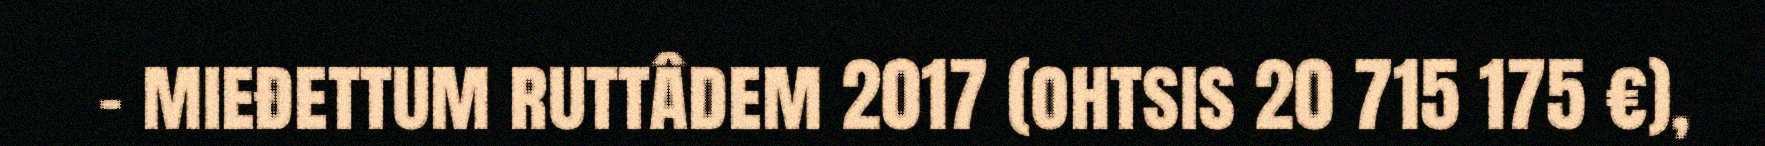
– mieđettum ruttâdem 2017 (ohtsis 20 715 175 €),